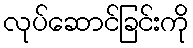
လုပ်ဆောင်ခြင်းကို